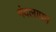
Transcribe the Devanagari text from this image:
गंदलापन